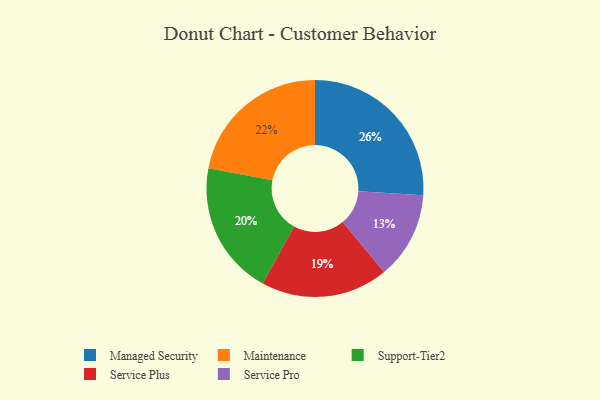
{"axis": {"x": "Category", "y": "Percentage"}, "legend": ["Maintenance", "Managed Security", "Service Plus", "Service Pro", "Support-Tier2"], "data": [{"x": "Service Plus", "y": 19, "type": "Service Plus"}, {"x": "Managed Security", "y": 26, "type": "Managed Security"}, {"x": "Maintenance", "y": 22, "type": "Maintenance"}, {"x": "Support-Tier2", "y": 20, "type": "Support-Tier2"}, {"x": "Service Pro", "y": 13, "type": "Service Pro"}]}